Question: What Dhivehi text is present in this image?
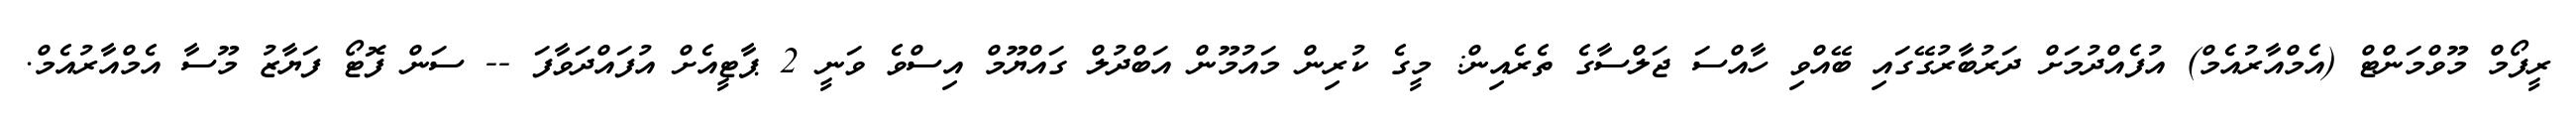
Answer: ރީފޯމް މޫވްމަންޓް (އެމްއާރުއެމް) އުފެއްދުމަށް ދަރުބާރުގޭގައި ބޭއްވި ހާއްސަ ޖަލްސާގެ ތެރެއިން: މީގެ ކުރިން މައުމޫން އަބްދުލް ގައްޔޫމް އިސްވެ ވަނީ 2 ޕާޓީއެށް އުފައްދަވާފަ -- ސަން ފޮޓޯ ފަޔާޒު މޫސާ އެމްއާރުއެމް.